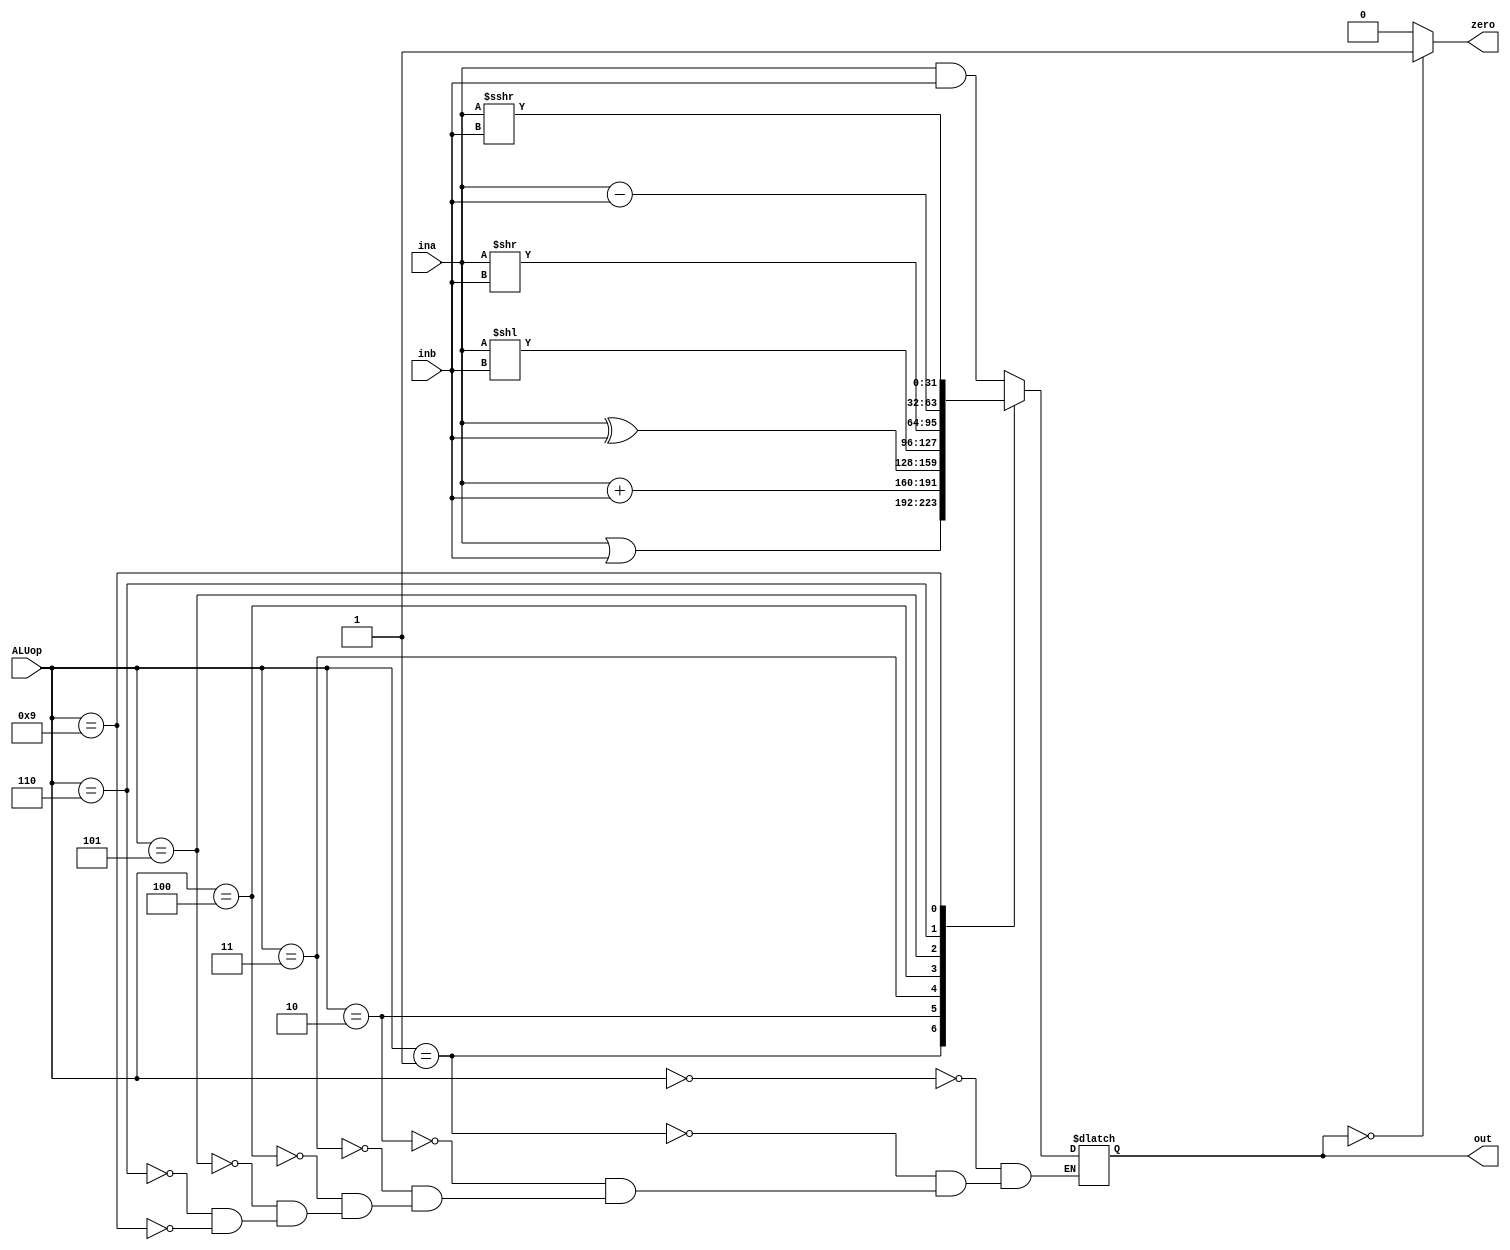
`timescale 1ns / 1ps
//////////////////////////////////////////////////////////////////////////////////
// Company: 
// Engineer: 
// 
// Design Name: 
// Module Name: ALU
// Project Name: 
// Target Devices: 
// Tool Versions: 
// Description: 
// 
// Dependencies: 
// 
// Revision:
// Revision 0.01 - File Created
// Additional Comments:
// 
//////////////////////////////////////////////////////////////////////////////////


module ALU(input [3:0] ALUop,
           input [31:0] ina,inb,
           output zero,
           output reg [31:0] out);
           
           
           always @(ALUop, ina, inb)
           begin
           case(ALUop)
                4'b0000: out = ina & inb;
                4'b0001: out = ina | inb;
                4'b0010: out = ina + inb;
                4'b0011: out = ina ^ inb;
                4'b0100: out = ina << inb;
                4'b0101: out = ina >> inb; 
                4'b0110: out = ina - inb;
                
                4'b1001: out = ina >>> inb;
           endcase
           end
           
           assign zero = (out == 0) ? 1 : 0;
endmodule